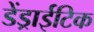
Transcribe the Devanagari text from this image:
डेंड्राईटिक